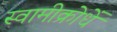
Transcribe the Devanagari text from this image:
स्वामीक्रोधें